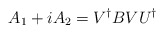
\begin{align*}A_1 + iA_2 = V^{\dagger } B V U^{\dagger }\end{align*}